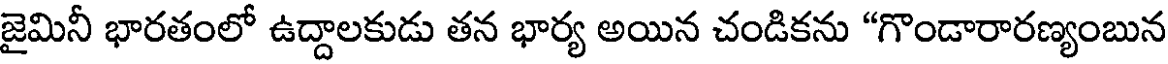
జైమినీ భారతంలో ఉద్దాలకుడు తన భార్య అయిన చండికను "గొండారారణ్యంబున